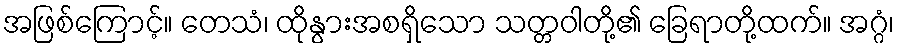
အဖြစ်ကြောင့်။ တေသံ၊ ထိုနွားအစရှိသော သတ္တဝါတို့၏ ခြေရာတို့ထက်။ အဂ္ဂံ၊